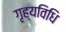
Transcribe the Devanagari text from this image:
गृह्यविधि